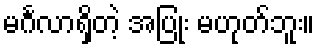
မင်္ဂလာရှိတဲ့ အပြုံး မဟုတ်ဘူး။